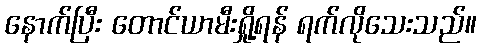
နောက်ပြီး တောင်ယာမီးရှို့ရန် ရက်လိုသေးသည်။